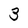
Character: 3